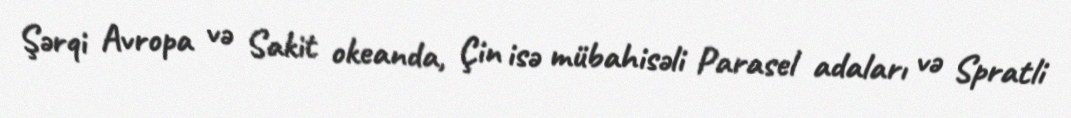
Şərqi Avropa və Sakit okeanda, Çin isə mübahisəli Parasel adaları və Spratli